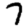
Digit: 7